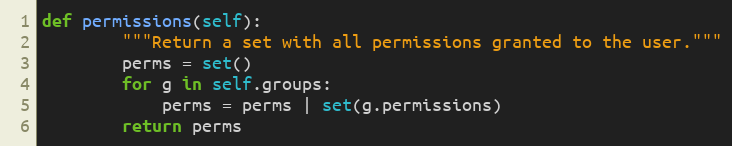
Language: Python
def permissions(self):
        """Return a set with all permissions granted to the user."""
        perms = set()
        for g in self.groups:
            perms = perms | set(g.permissions)
        return perms